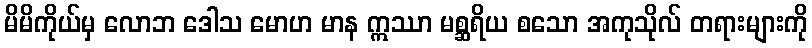
မိမိကိုယ်မှ လောဘ ဒေါသ မောဟ မာန ဣဿာ မစ္ဆရိယ စသော အကုသိုလ် တရားများကို